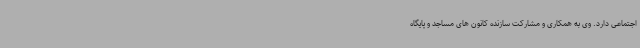
اجتماعی دارد. وی به همکاری و مشارکت سازنده کانون های مساجد و پایگاه